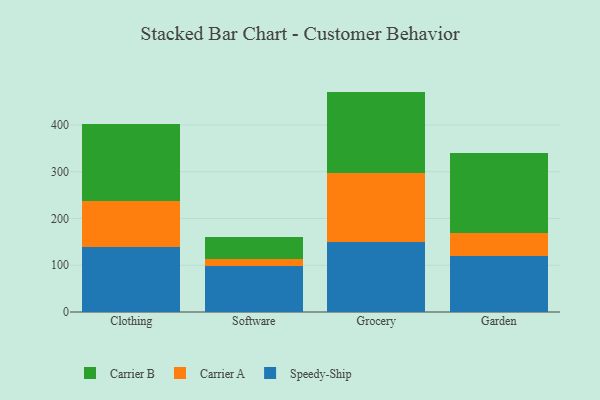
{"axis": {"x": "Category", "y": "Humidity (%)"}, "legend": ["Carrier A", "Carrier B", "Speedy-Ship"], "data": [{"x": "Clothing", "y": 138.9, "type": "Speedy-Ship"}, {"x": "Clothing", "y": 98.6, "type": "Carrier A"}, {"x": "Clothing", "y": 164.4, "type": "Carrier B"}, {"x": "Software", "y": 98.3, "type": "Speedy-Ship"}, {"x": "Software", "y": 15.4, "type": "Carrier A"}, {"x": "Software", "y": 45.9, "type": "Carrier B"}, {"x": "Grocery", "y": 149.6, "type": "Speedy-Ship"}, {"x": "Grocery", "y": 146.8, "type": "Carrier A"}, {"x": "Grocery", "y": 175.0, "type": "Carrier B"}, {"x": "Garden", "y": 119.8, "type": "Speedy-Ship"}, {"x": "Garden", "y": 50.1, "type": "Carrier A"}, {"x": "Garden", "y": 169.9, "type": "Carrier B"}]}